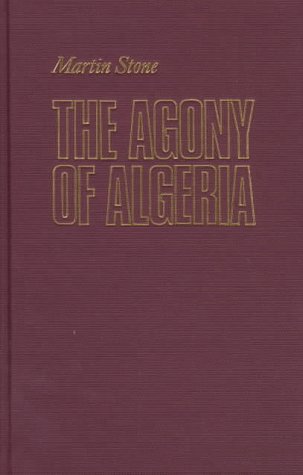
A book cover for The Agony of Algeria; Martin Stone; History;